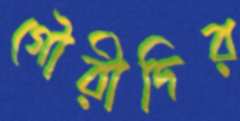
গৌরীদির